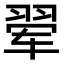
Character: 翚